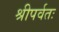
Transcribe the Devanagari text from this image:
श्रीपर्वतः